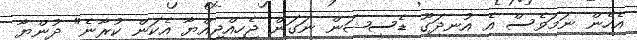
އެހެން ނަމަވެސް އެ އުނދަގޫ ޑެސިޝަން ނަގަން ޖެހިއްޖިއްޔާ އެކަން ކުރާނެ" ދުންޔާ